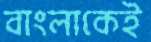
বাংলাকেই